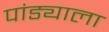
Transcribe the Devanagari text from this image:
पांड्याला